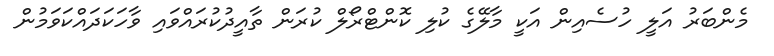
މެންބަރު އަލީ ހުސެއިން އަކީ މާލޭގެ ކުލި ކޮންޓްރޯލް ކުރަން ތާއީދުކުރައްވައި ވާހަކަދައްކަވަމުން